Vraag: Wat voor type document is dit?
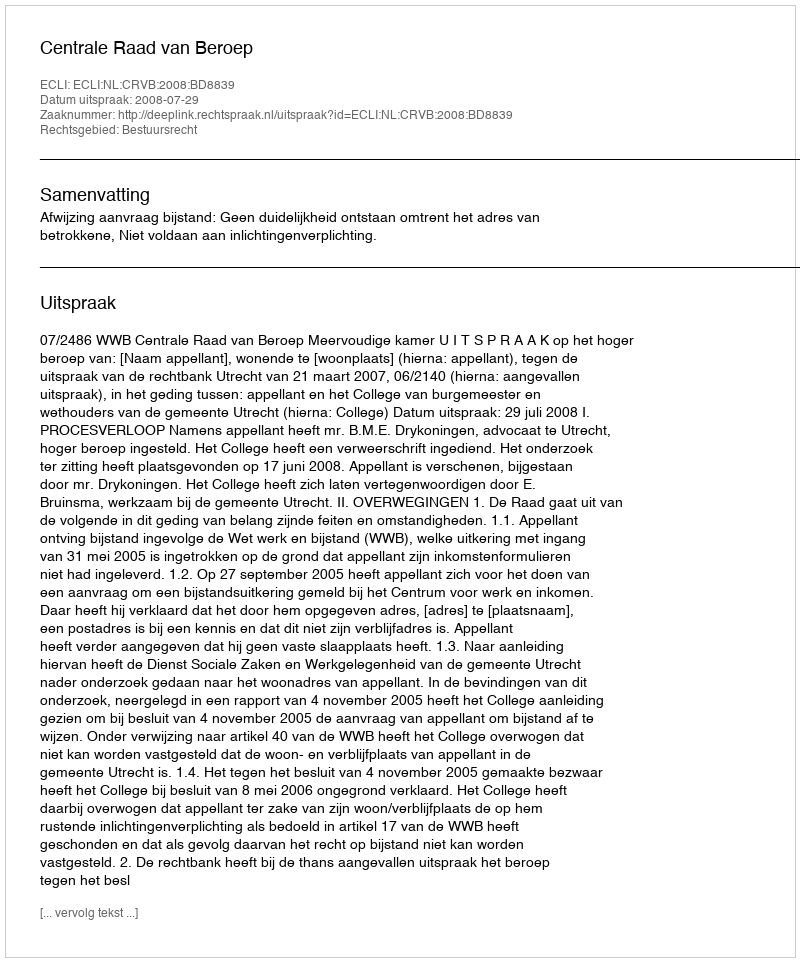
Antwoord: Uitspraak